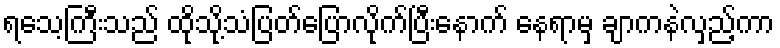
ရသေ့ကြီးသည် ထိုသို့သံပြတ်ပြောလိုက်ပြီးနောက် နေရာမှ ချာကနဲလှည့်ကာ